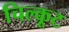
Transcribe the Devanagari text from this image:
चिल्कूट